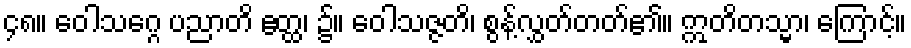
၄၈။ ဝေါသဂ္ဂေ ပညာတိ ဧတ္ထ၊ ၌။ ဝေါသဇ္ဇတိ၊ စွန့်လွှတ်တတ်၏။ ဣတိတသ္မာ၊ ကြောင့်။